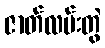
ဇာတ်လမ်းတွဲ